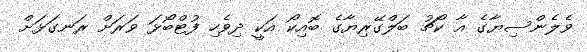
ވެލެންސިޔާގެ އާ ކޯޗު ބަލްގޭރިޔާގެ ބޮއިކޯ އަކީ ދިވެހި ފުޓްބޯޅަ ވަރަށް ރަނގަޅަށް